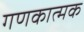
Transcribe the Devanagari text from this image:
गणकात्मक